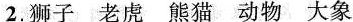
2. 狮子 老虎 熊猫 动物 大象